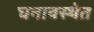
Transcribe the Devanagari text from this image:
घनावस्थेत